King Institute of Preventive Medicine Bacteriolog. Section reports 1907-08
Year: 1907
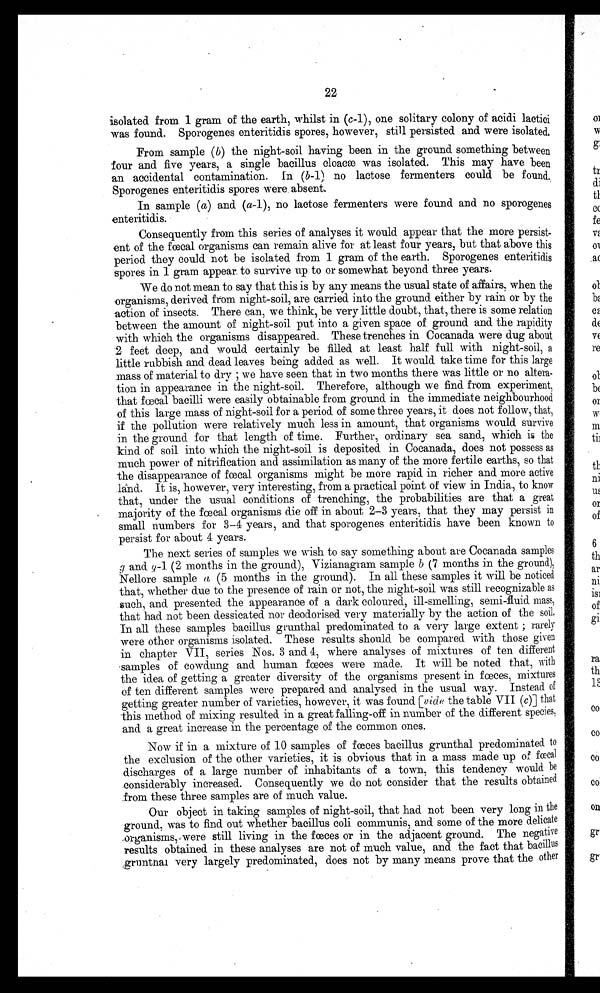
13
(2) That taken up by MacConkey, Drs. Bergey and. Deehan, of the Pennsylvania
University, Dr. Orr (in his recent work on the contamination of milk) and. ourselves;,
who apply the name bacillus coli communis to Escherichs organism only, calling all..
bacilli that differ from it in any " permanent " test, different species, to which different
names or numbers are applied.
We in India consider the position maintained by the former authorities is open
to two objections : ( I ) That it is inadvisable to apply the term " coli communis " to
a group of organisms, or even so-called varieties, and. (2) The tests laid down as essen-
tial according to the definitions quoted, do not go far enough ; that the list contains too,
many that are of doubtful significance and utility, and too few that are admittedly
of greater importance in the identification of a bacillus. To discuss this last objection
first : Houston, Savage and all experienced bacteriologists admit, that the tests.
given above are not of equal value in the identification of what they term " coli."
Thus to quote from Savage, " Different characters have not an equal value. Some,
such as the fermentation of sugars, liquefaction of gelatine, and acid production in
milk are of so permanent a type that for an isolated. organism to show divergence from
a typical bacillus coli in any one of these particulars Would be to throw grave doubt on
its being excretal at all, while others, such as the gelatine surface colonies, and the
exhibition of motility, are so subject to variation that comparatively little significance.
can be, attached to their, perhaps temporary, absence or modification." And again in
another place he says : " Organisms that differ from the typical excretal type (bacillus.
coli communis) only in the fact that they show no motility and that their gelatine
colonies are atypical may be regarded as not having their significance diminished on
these grounds. Similarly the loss of Indol-production power 'would not reduce their
significance very markedly. On the other hand the absence of glucose or lactose
fermentation would at once, in the writer's opinion, exclude the organism isolated from
being bacillus coli at all."
The obvious inference 'from these opinions is, why not do away with some of.
these doubtful tests and substitute for them the more important fermentation reactions_
in sugars such as dulcite, adonite and inulin ? These are entirely on a parallel
with the glucose and lactose fermentation referred to as being " of a permanent character."
This is practically the position taken up by MacConkey, in his paper on the Bac-
teriology of Milk (Journal of Hygiene, Vol. IV, No. 3, July 1906), and, following•
his recommendations, by ourselves in the work under report.
But the real objection to calling a group of bacilli, made up of definite and distinct
species, by the single term " coli " becomes more apparent when an attempt is made.
to interpret the results obtained by these methods. It is accepted that as long as a
bacillus fulfils all the tests in the previous quotations it is looked upon as fccal ; but
the difficulty arises when bacilli are isolated which either do not fulfil all the above
conditions, or possess additional characteristics. Thus a fair number of the so-called
" coli group " are non-motile ; some do not produce indol ; others ferment saccharose.
The difficulty is to estimate what is the significance of these aberrant or atypical
varieties, and. it is this point which demonstrates the weakness of the above system.
Thus authorities interpret these facts differently : Houston says that the saccharose
fermenting organisms are not to be looked upon as so " significant of undesirable
pollution " as the non-saccharose fermenters. Savage, on the other hand, says that
they are equally significant of fecal contamination. Here we have two contradictory
opinions on a most vital point. In discussing this difficulty in estimating the value of
these aberrant. types, Savage says : " undoubtedly this question of variation and l o s s
of atributes complicates the subject and detracts from the value of this indicator "
(i.e. " coli " as an indicator of fecal contamination). Again " There is the great
difficulty which attaches io the precise significance given to the bacilli which
deviate from the characters ascribed to the coli communis." Surely, therefore, it
would be better to separate these organisms, by the use of well defined fermentation
reactions in sugars into different species, and to study them separately, endeavouring-
to obtain the relative significmce of each as an indicator of contamination.
Thus, to take an example, supposing by the use of dulcit, adonit inu in and
s accharose (without making use of any of what may be termed
foacal
the more doubtful
tests such as motility, indol-production, etc.), it were possible to sub-divide what
is termed " coli group " into species A, B, C and D, it would be possible to
4